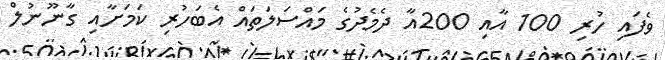
ވެފައި ހުރި 100 އާއި 200އާ ދެމެދުގެ މައްސަލަތައް އެބަހުރި ކަމަށާއި ގާނޫނުލް